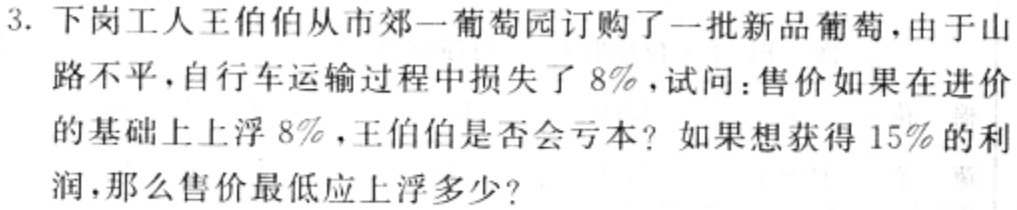
3. 下岗工人王伯伯从市郊一葡萄园订购了一批新品葡萄，由于山路不平，自行车运输过程中损失了 \( 8\% \)，试问：售价如果在进价的基础上上浮 \( 8\% \)，王伯伯是否会亏本？如果想获得 \( 15\% \) 的利润，那么售价最低应上浮多少？